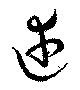
述